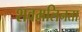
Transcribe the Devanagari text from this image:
शवमलिनता